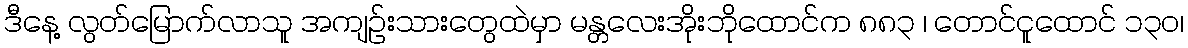
ဒီနေ့ လွတ်မြောက်လာသူ အကျဉ်းသားတွေထဲမှာ မန္တလေးအိုးဘိုထောင်က ၈၈၃ ၊ တောင်ငူထောင် ၁၃၀၊